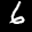
Label: 6